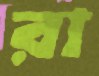
রা